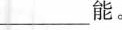
___能。